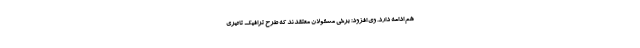
هم ادامه دارد. وی افزود: برخی مسئولان معتقدند که طرح ترافیک تاثیری